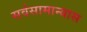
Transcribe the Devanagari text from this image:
सर्वसामान्यास